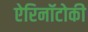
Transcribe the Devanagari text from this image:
ऐरिनॉटोकी